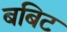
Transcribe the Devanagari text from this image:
बबिट